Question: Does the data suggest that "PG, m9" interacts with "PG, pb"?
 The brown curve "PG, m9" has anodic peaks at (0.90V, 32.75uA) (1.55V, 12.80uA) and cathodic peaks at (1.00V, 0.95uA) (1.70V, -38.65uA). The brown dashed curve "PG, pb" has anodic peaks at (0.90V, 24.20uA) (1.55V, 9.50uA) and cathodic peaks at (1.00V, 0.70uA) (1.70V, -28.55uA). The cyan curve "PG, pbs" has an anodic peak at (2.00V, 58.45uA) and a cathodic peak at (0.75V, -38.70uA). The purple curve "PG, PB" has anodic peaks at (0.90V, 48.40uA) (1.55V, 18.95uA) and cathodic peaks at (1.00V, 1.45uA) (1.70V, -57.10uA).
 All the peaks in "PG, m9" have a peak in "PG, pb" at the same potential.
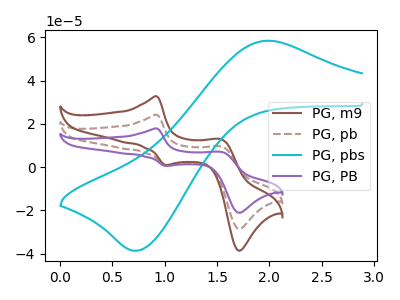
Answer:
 <answer>No, "PG, m9" and "PG, pb" don't appear to be significantly different in shape</answer>
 <eval>no_change</eval>